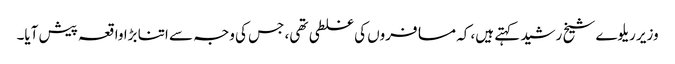
وزیر ریلوے شیخ رشید کہتے ہیں، کہ مسافروں کی غلطی تھی، جس کی وجہ سے اتنا بڑا واقعہ پیش آیا۔